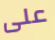
على